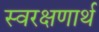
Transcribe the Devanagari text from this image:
स्वरक्षणार्थ